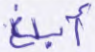
أبلغ